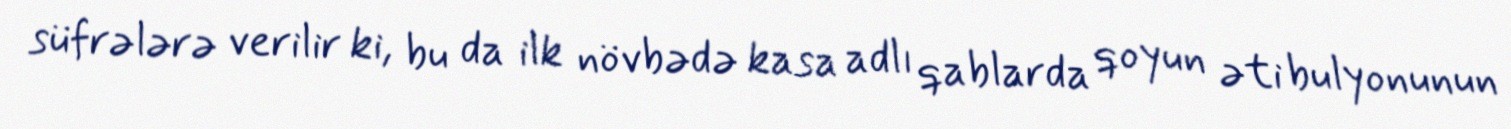
süfrələrə verilir ki, bu da ilk növbədə kasa adlı qablarda qoyun əti bulyonunun